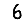
Digit: 6